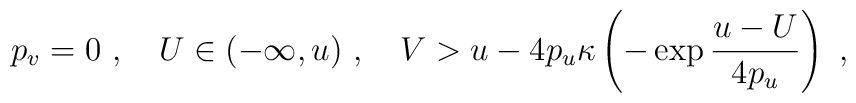
p_v = 0\ ,\quad U \in (-\infty,u)\ , \quad V > u -  4p_u\kappa\left(-\exp\frac{u-U}{4p_u}\right)\ ,